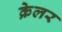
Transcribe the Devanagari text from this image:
क्रेलर